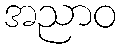
အညာဝ